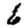
Digit: 6